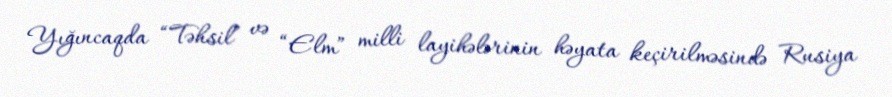
Yığıncaqda “Təhsil” və “Elm” milli layihələrinin həyata keçirilməsində Rusiya